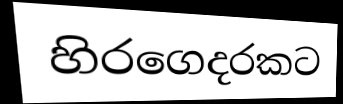
හිරගෙදරකට